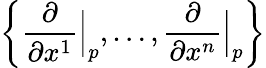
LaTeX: \left\{ {\frac{\partial}{\partial x^{1}}}{\Big|}_{p},\dotsc,{\frac{\partial}{\partial x^{n}}}{\Big|}_{p}\right\}